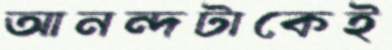
আনন্দটাকেই